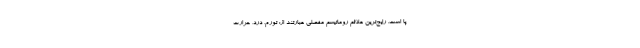
پا است. رایج‌ترین علائم روماتیسم مفصلی عبارتند از: تورم، درد، حرارت